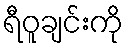
ရီဝူချင်းကို